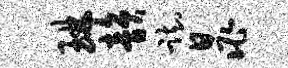
琳韵踟晁